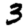
Digit: 3